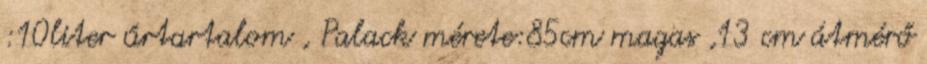
:10liter űrtartalom , Palack mérete:85cm magas ,13 cm átmérő